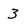
Character: 3